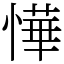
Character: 㦊